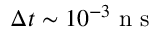
\Delta t \sim 1 0 ^ { - 3 } \mathrm { ~ n ~ s ~ }